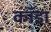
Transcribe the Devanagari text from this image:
कॉडा